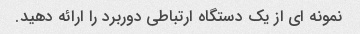
نمونه ای از یک دستگاه ارتباطی دوربرد را ارائه دهید.